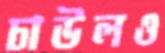
চাউলও